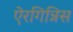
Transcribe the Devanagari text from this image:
ऐरगिन्निस